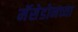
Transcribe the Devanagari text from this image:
मॅसेडोनच्या